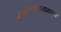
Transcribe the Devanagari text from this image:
सहस्रकादरम्यानच्या